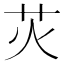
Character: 苂